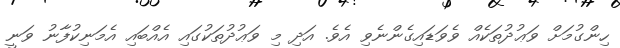
ހިންގުމަށް ވަޢުދުތަކެއް ވެވަޑައިގެންނެވި އެވެ. އަދި މި ވަޢުދުތަކުގައި އެއްބައި އެމަނިކުފާނު ވަނީ